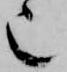
也